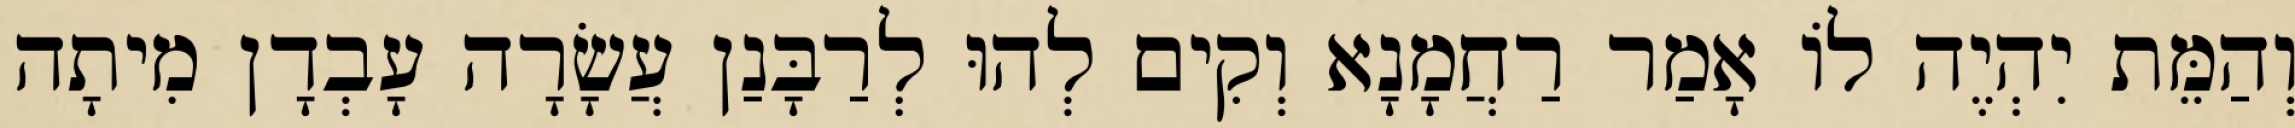
וְהַמֵּת יִהְיֶה לוֹ אָמַר רַחֲמָנָא וְקִים לְהוּ לְרַבָּנַן עֲשָׂרָה עָבְדָן מִיתָה